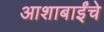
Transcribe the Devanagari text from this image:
आशाबाईंचे